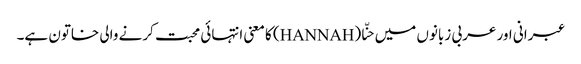
عبرانی اور عربی زبانوں میں حنّا (HANNAH) کا معنی انتہائی محبت کرنے والی خاتون ہے۔